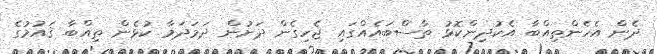
ދެން އެހެންތިއްބާ އެކުދިންކޮޅު ތާސްބައެއްގައި ޖެހިގެން ދަށުން ދަމަދަަމާ ކުޅެން ތިއްބާ ޤައުމުގެ